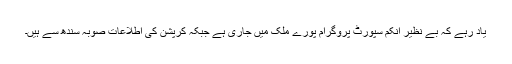
یاد رہے کہ بے نظیر انکم سپورٹ پروگرام پورے ملک میں جاری ہے جبکہ کرپشن کی اطلاعات صوبہ سندھ سے ہیں۔